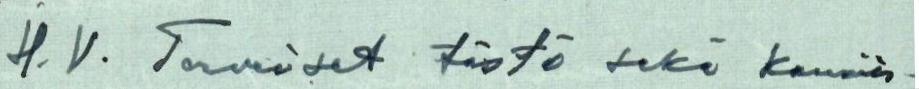
H. V. Terveiset tästä sekä kauniis-